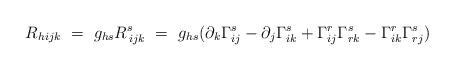
LaTeX: \begin{align*}R_{hijk}\ =\ g_{hs}R^{s}_{\, ijk}\ =\ g_{hs} (\partial _k \Gamma ^{s} _{ij} - \partial _j \Gamma ^{s} _{ik} + \Gamma ^{r} _{ij} \Gamma ^{s} _{rk}- \Gamma ^{r} _{ik} \Gamma ^{s} _{rj} )\end{align*}